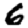
Digit: 6